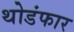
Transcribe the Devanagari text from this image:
थोडंफार